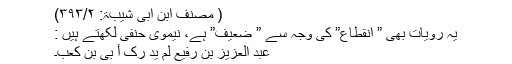
( مصنف ابن ابی شیبۃ: ۳۹۳/۲)
یہ رویات بھی ” انقطاع” کی وجہ سے ” ضعیف” ہے، نیموی حنفی لکھتے ہیں :
عبد العزیز بن رفیع لم ید رک أ بیّ بن کعب۔